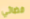
فضائي